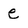
Character: e